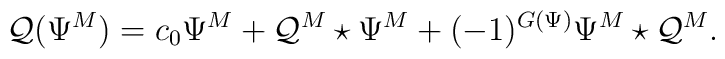
\mathcal{Q}\big(\Psi^M\big)=c_0\Psi^M +\mathcal{Q}^M\star\Psi^M + (-1)^{G(\Psi)} \Psi^M \star \mathcal{Q}^M.